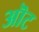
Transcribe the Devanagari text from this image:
ऒट